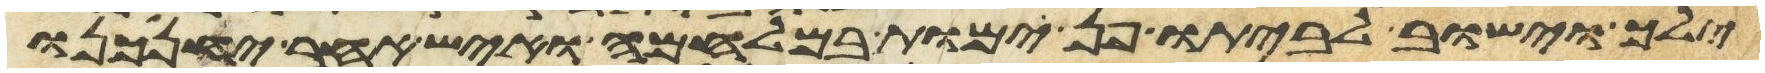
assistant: ילך וישוב לביתו פן ימות במלחמה ואיש אחר יחנכנו